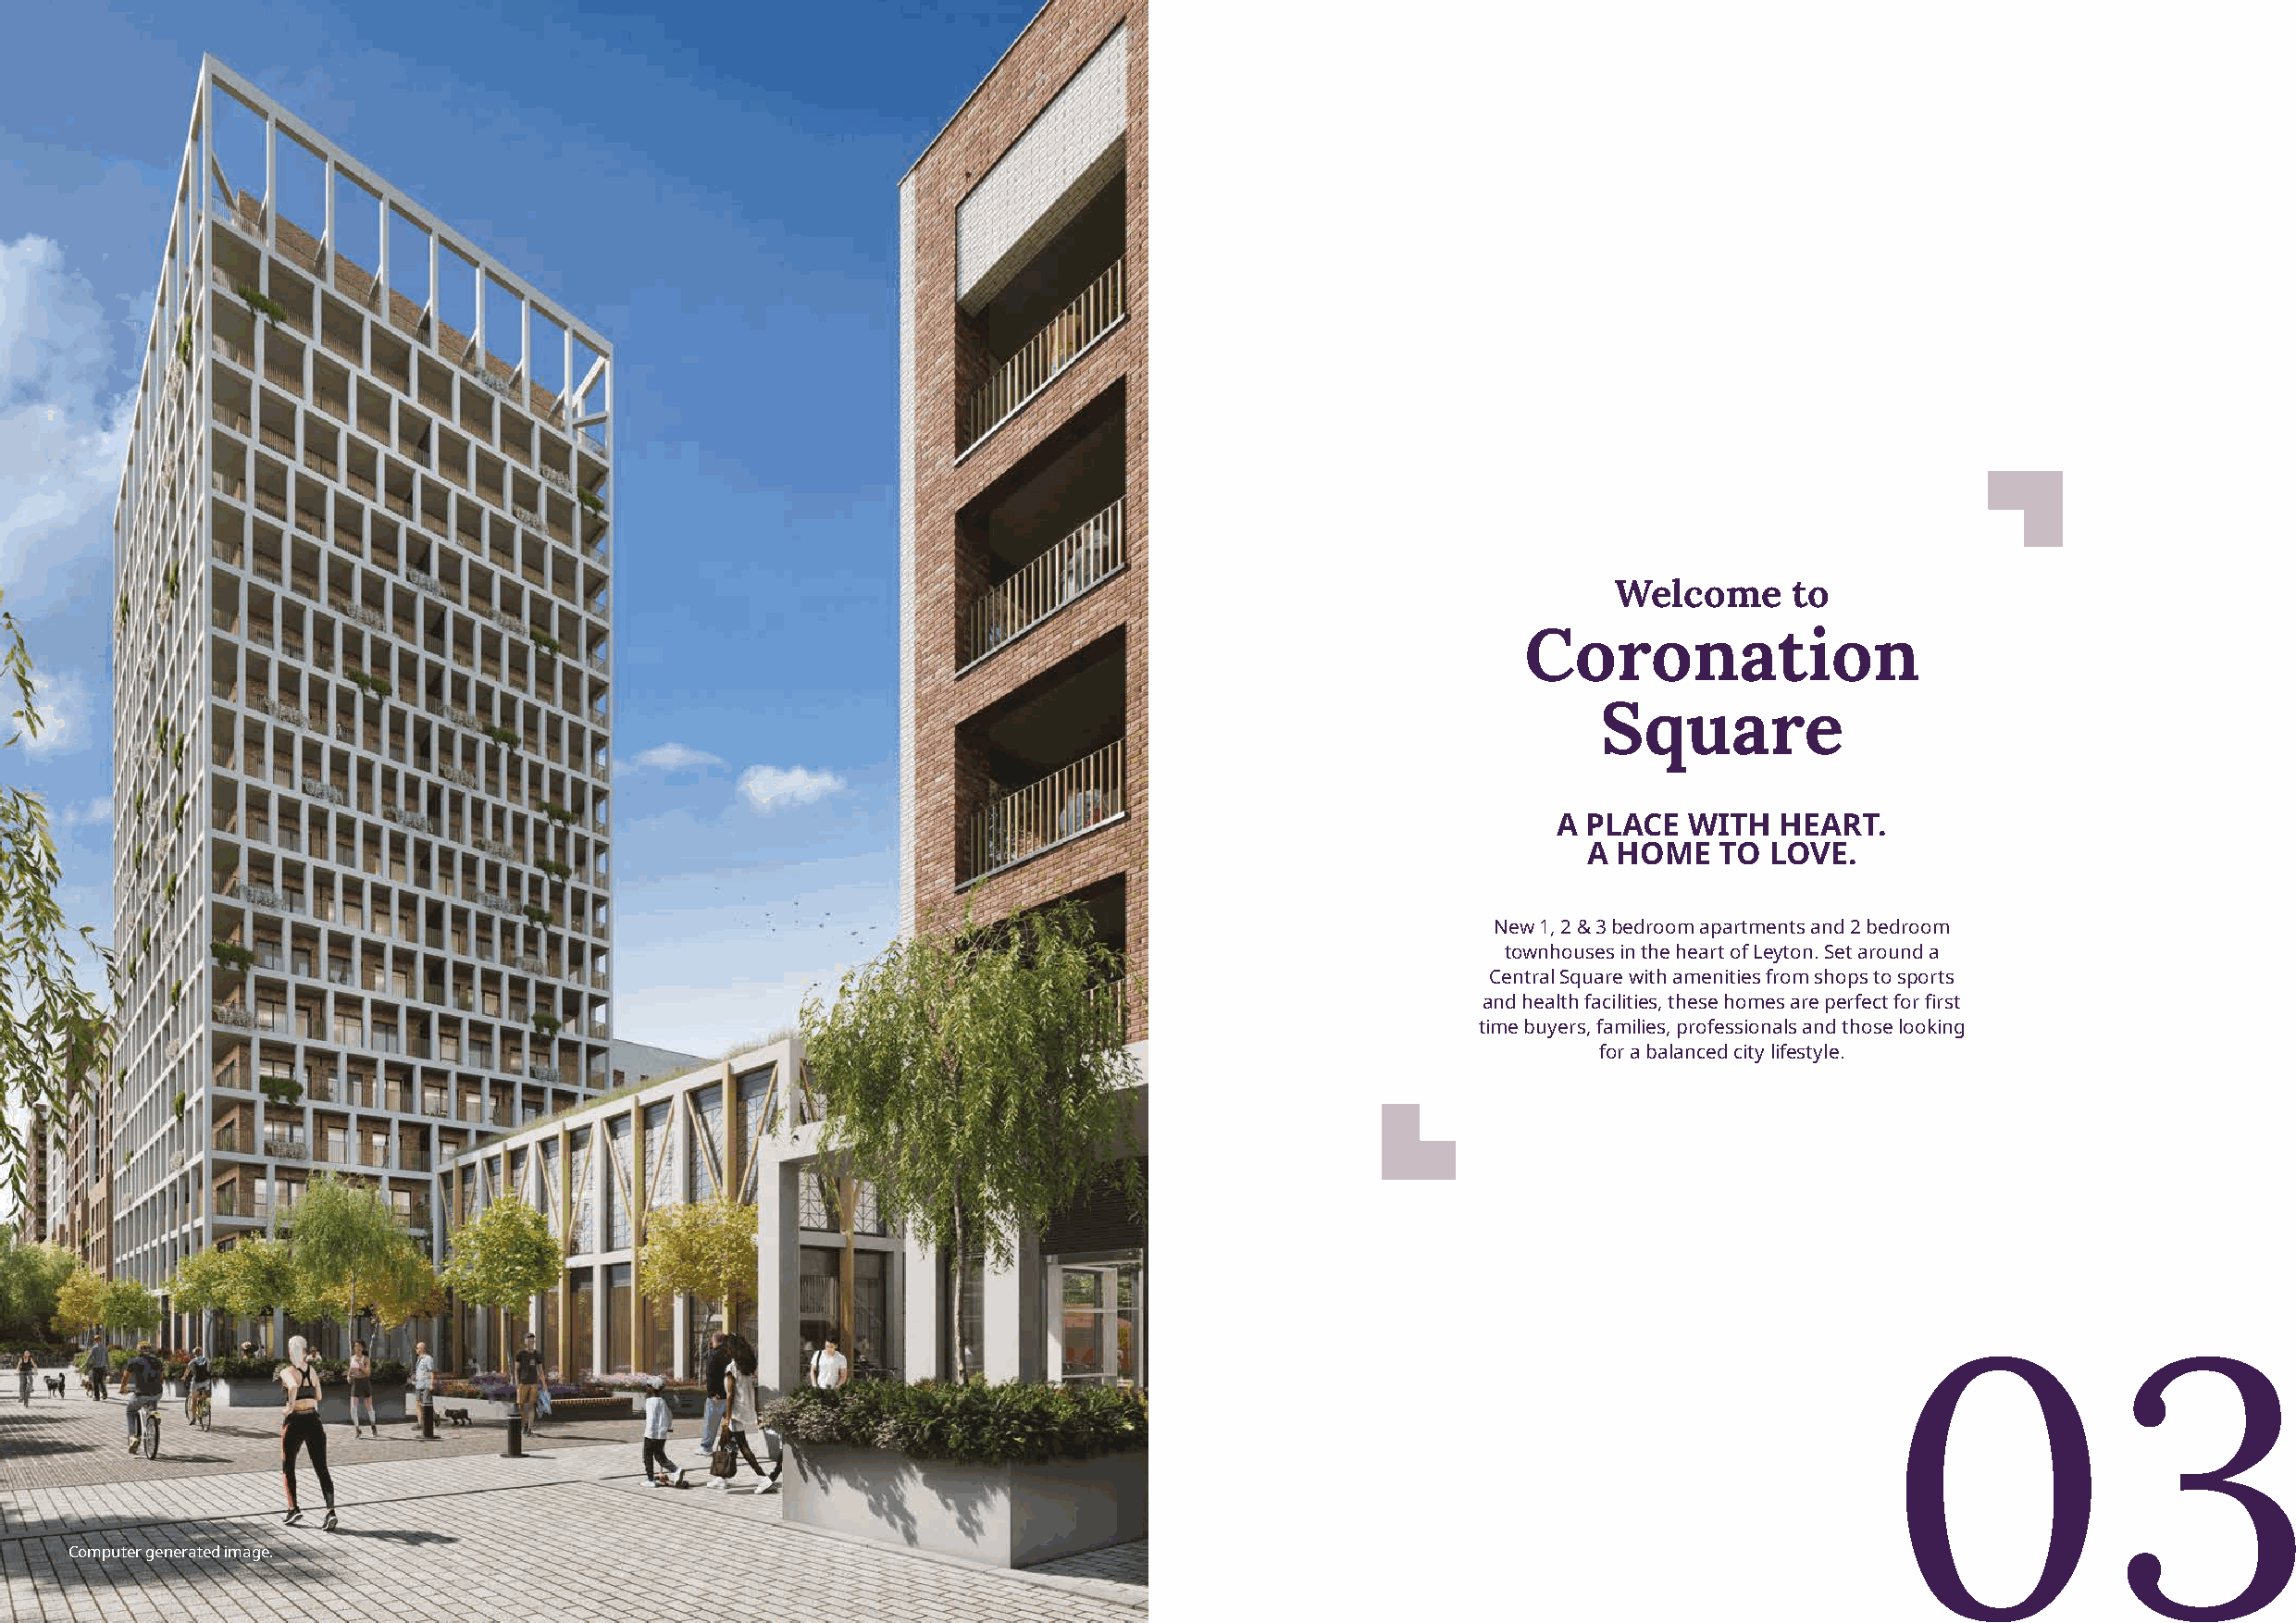
Welcome      to
 Coronation
 Square
 A PLACE   WITH  HEART.
 A HOME   TO  LOVE.
 New 1, 2 & 3 bedroom apartments and 2 bedroom
 townhouses in the heart of Leyton. Set around a
 Central Square with amenities from shops to sports
 and health facilities, these homes are perfect for first
 time buyers, families, professionals and those looking
 for a balanced city lifestyle.
 03
 Computer generated image.